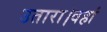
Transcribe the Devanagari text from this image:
उतारा।वहां